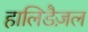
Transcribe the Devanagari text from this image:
हालिडैज़ल